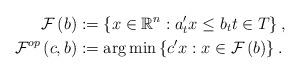
LaTeX: \begin{align*}\mathcal{F}\left( b\right) & :=\left\{ x\in \mathbb{R}^{n}:a_{t}^{\prime}x\leq b_{t}t\in T\right\} , \\\mathcal{F}^{op}\left( c,b\right) & :=\arg \min \left\{ c^{\prime }x:x\in \mathcal{F}\left( b\right) \right\} . \end{align*}